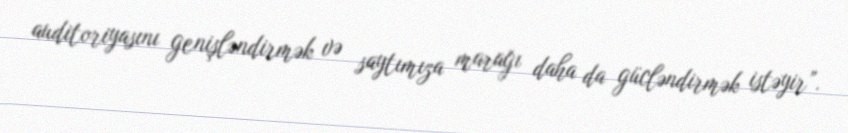
auditoriyasını genişləndirmək və saytımıza marağı daha da gücləndirmək istəyir”.